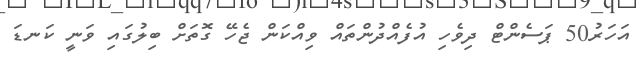
އަހަރު50 ޕަސެންޓް ދިވެހި އުފެއްދުންތައް ވިއްކަން ޖެހޭ ގޮތަށް ބިލުގައި ވަނީ ކަނޑަ